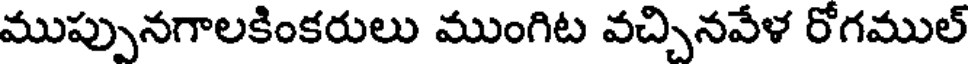
ముప్పునగాలకింకరులు ముంగిట వచ్చినవేళ రోగముల్